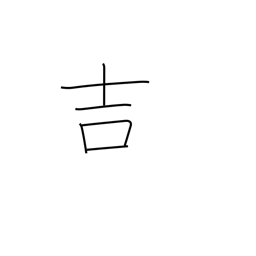
Meaning: good luck